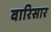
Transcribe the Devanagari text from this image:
वारिसार